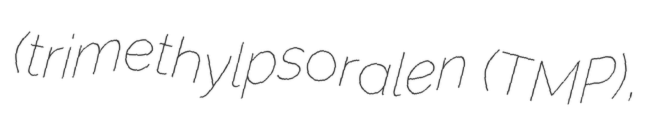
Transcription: (trimethylpsoralen (TMP),